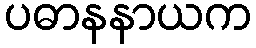
ပဓာနနာယက